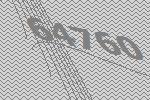
64760